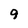
Character: 9